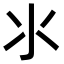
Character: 氺